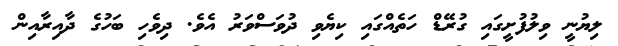
ލިޔުނީ ވިލުފުށީގައި ގުރޭޑް ހަތެއްގައި ކިޔެވި ދުވަސްވަރު އެވެ. ދިވެހި ބަހުގެ ދާއިރާއިން